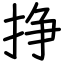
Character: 挣